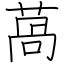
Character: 萵